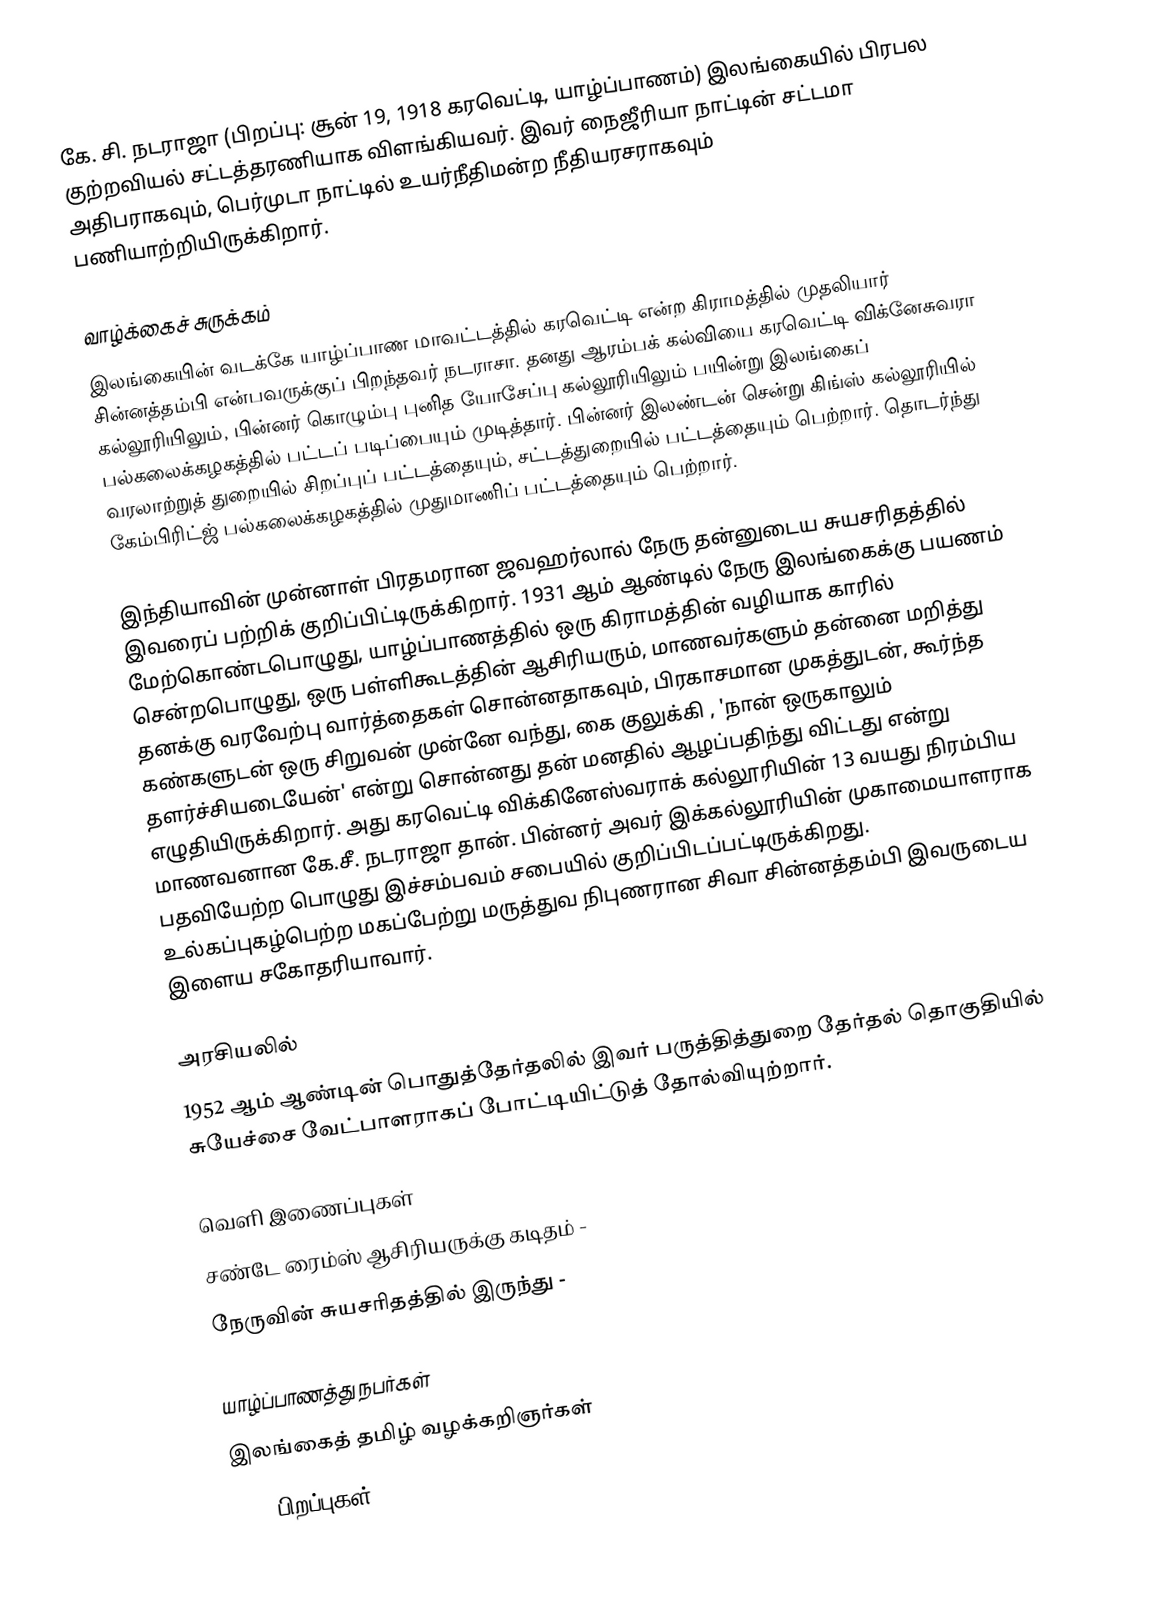
கே. சி. நடராஜா (பிறப்பு: சூன் 19, 1918 கரவெட்டி, யாழ்ப்பாணம்) இலங்கையில் பிரபல குற்றவியல் சட்டத்தரணியாக விளங்கியவர். இவர் நைஜீரியா நாட்டின் சட்டமா அதிபராகவும், பெர்முடா நாட்டில் உயர்நீதிமன்ற நீதியரசராகவும் பணியாற்றியிருக்கிறார்.

வாழ்க்கைச் சுருக்கம்
இலங்கையின் வடக்கே யாழ்ப்பாண மாவட்டத்தில் கரவெட்டி என்ற கிராமத்தில் முதலியார் சின்னத்தம்பி என்பவருக்குப் பிறந்தவர் நடராசா. தனது ஆரம்பக் கல்வியை கரவெட்டி விக்னேசுவரா கல்லூரியிலும், பின்னர் கொழும்பு புனித யோசேப்பு கல்லூரியிலும் பயின்று இலங்கைப் பல்கலைக்கழகத்தில் பட்டப் படிப்பையும் முடித்தார். பின்னர் இலண்டன் சென்று கிங்ஸ் கல்லூரியில் வரலாற்றுத் துறையில் சிறப்புப் பட்டத்தையும், சட்டத்துறையில் பட்டத்தையும் பெற்றார். தொடர்ந்து கேம்பிரிட்ஜ் பல்கலைக்கழகத்தில் முதுமாணிப் பட்டத்தையும் பெற்றார்.

இந்தியாவின் முன்னாள் பிரதமரான ஜவஹர்லால் நேரு தன்னுடைய சுயசரிதத்தில் இவரைப் பற்றிக் குறிப்பிட்டிருக்கிறார். 1931 ஆம் ஆண்டில் நேரு இலங்கைக்கு பயணம் மேற்கொண்டபொழுது, யாழ்ப்பாணத்தில் ஒரு கிராமத்தின் வழியாக காரில் சென்றபொழுது, ஒரு பள்ளிகூடத்தின் ஆசிரியரும், மாணவர்களும் தன்னை மறித்து தனக்கு வரவேற்பு வார்த்தைகள் சொன்னதாகவும், பிரகாசமான முகத்துடன், கூர்ந்த கண்களுடன் ஒரு சிறுவன் முன்னே வந்து, கை குலுக்கி , 'நான் ஒருகாலும் தளர்ச்சியடையேன்' என்று சொன்னது தன் மனதில் ஆழப்பதிந்து விட்டது என்று எழுதியிருக்கிறார். அது கரவெட்டி விக்கினேஸ்வராக் கல்லூரியின் 13 வயது நிரம்பிய மாணவனான கே.சீ. நடராஜா தான். பின்னர் அவர் இக்கல்லூரியின் முகாமையாளராக பதவியேற்ற பொழுது இச்சம்பவம் சபையில் குறிப்பிடப்பட்டிருக்கிறது. உல்கப்புகழ்பெற்ற மகப்பேற்று மருத்துவ நிபுணரான சிவா சின்னத்தம்பி இவருடைய இளைய சகோதரியாவார்.

அரசியலில்
1952 ஆம் ஆண்டின் பொதுத்தேர்தலில் இவர் பருத்தித்துறை தேர்தல் தொகுதியில் சுயேச்சை வேட்பாளராகப் போட்டியிட்டுத் தோல்வியுற்றார்.

வெளி இணைப்புகள்
சண்டே ரைம்ஸ் ஆசிரியருக்கு கடிதம்  -
நேருவின் சுயசரிதத்தில் இருந்து  -

யாழ்ப்பாணத்து நபர்கள்
இலங்கைத் தமிழ் வழக்கறிஞர்கள்
1918 பிறப்புகள்